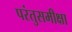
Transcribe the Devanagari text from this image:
परंतुसमीक्षा